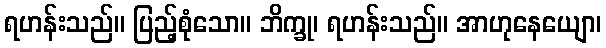
ရဟန်းသည်။ ပြည့်စုံသော။ ဘိက္ခု၊ ရဟန်းသည်။ အာဟုနေယျော၊